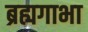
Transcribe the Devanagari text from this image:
ब्रह्यगाभा